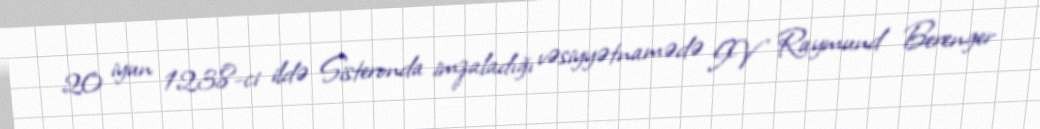
20 iyun 1238-ci ildə Sisteronda imzaladığı vəsiyyətnamədə IV Raymund Berenger